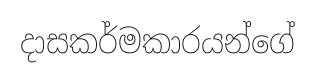
දාසකර්මකාරයන්ගේ